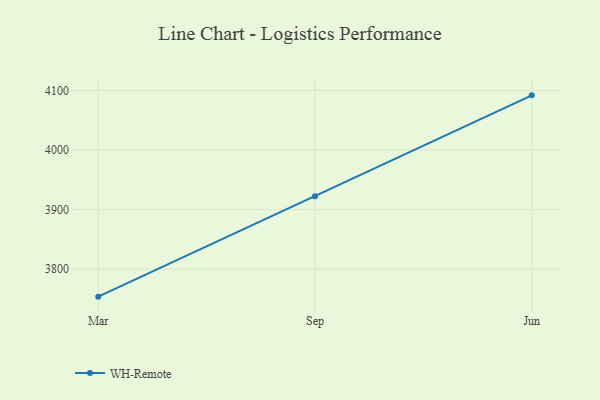
{"axis": {"x": "Month", "y": "Humidity (%)"}, "legend": ["WH-Remote"], "data": [{"x": "Mar", "y": 3753.9, "type": "WH-Remote"}, {"x": "Sep", "y": 3922.6, "type": "WH-Remote"}, {"x": "Jun", "y": 4091.9, "type": "WH-Remote"}]}